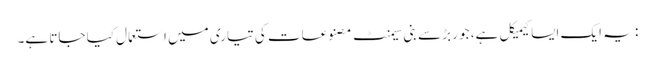
: یہ ایک ایسا کیمیکل ہے، جو ربڑ سے بنی سیمنٹ مصنوعات کی تیاری میں استعمال کیا جاتا ہے۔